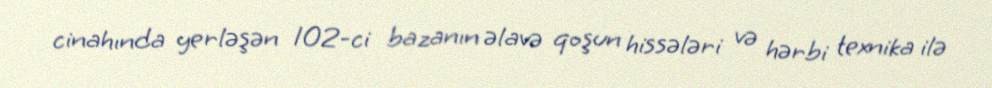
cinahında yerləşən 102-ci bazanın əlavə qoşun hissələri və hərbi texnika ilə